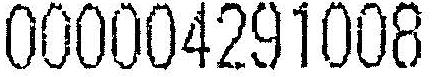
000004291008